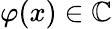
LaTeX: \varphi(x)\in\mathbb{C}